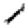
Digit: 1